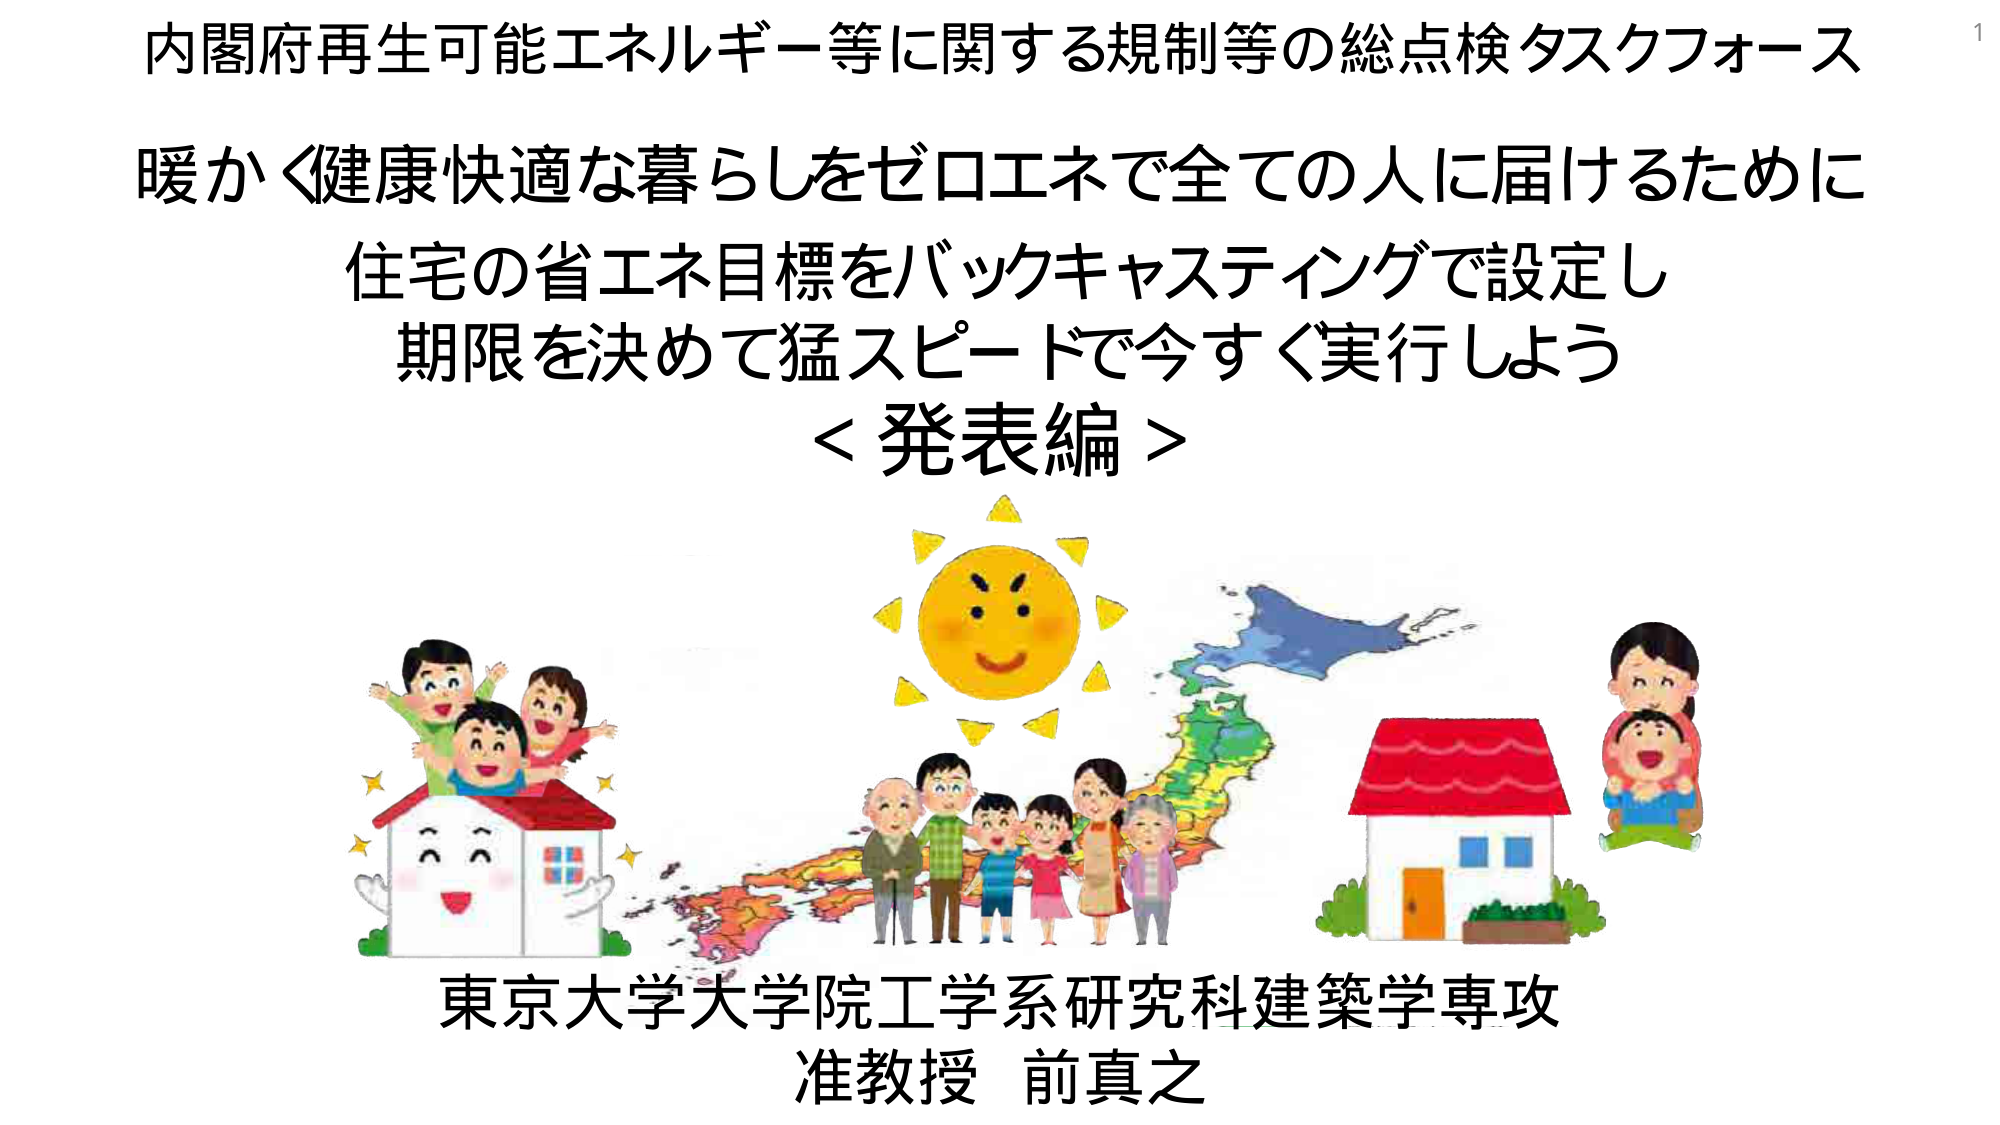
内閣府再生可能エネルギー等に関する規制等の総点検タスクフォース
暖かく健康快適な暮らしをゼロエネで全ての人に届けるために
住宅の省エネ目標をバックキャスティングで設定し
期限を決めて猛スピードで今すぐ実行しよう
＜発表編＞
東京大学大学院工学系研究科建築学専攻
准教授 前真之
1